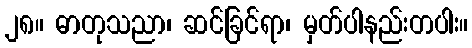
၂၈။ ဓာတုသညာ၊ ဆင်ခြင်ရာ၊ မှတ်ပါနည်းတပါး။